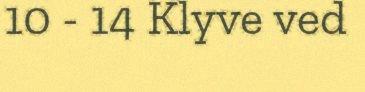
10 - 14 Klyve ved